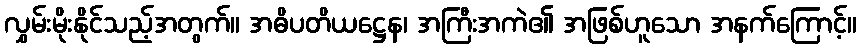
လွှမ်းမိုးနိုင်သည့်အတွက်။ အဓိပတိယဋ္ဌေန၊ အကြီးအကဲ၏ အဖြစ်ဟူသော အနက်ကြောင့်။